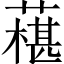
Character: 𦾢